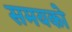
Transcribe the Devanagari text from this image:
समयको